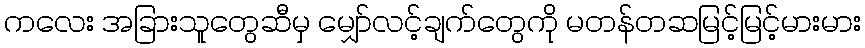
ကလေး အခြားသူတွေဆီမှ မျှော်လင့်ချက်တွေကို မတန်တဆမြင့်မြင့်မားမား